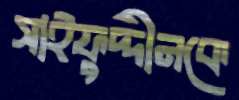
সাইফুদ্দীনকে